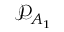
\mathcal { P } _ { A _ { 1 } }